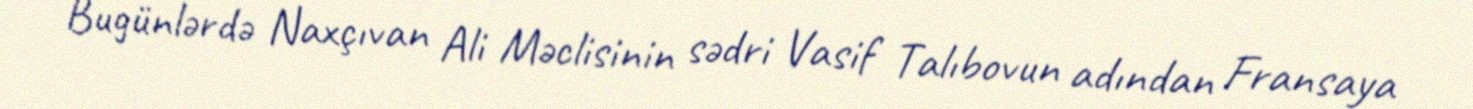
Bugünlərdə Naxçıvan Ali Məclisinin sədri Vasif Talıbovun adından Fransaya